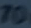
70